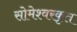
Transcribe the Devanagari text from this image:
सोमेश्वरकृत